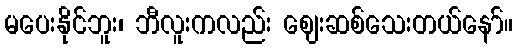
မပေးနိုင်ဘူး၊ ဘီလူးကလည်း ဈေးဆစ်သေးတယ်နော်။